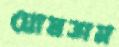
ঘোষতাম